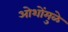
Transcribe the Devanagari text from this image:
ओशोंमुळे